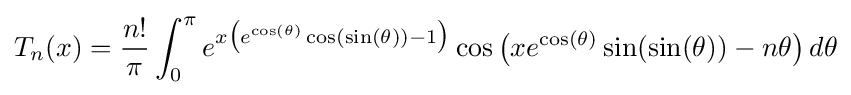
T_{n}(x)={\frac {n!}{\pi }}\int _{0}^{\pi }e^{x{\bigl (}e^{\cos(\theta )}\cos(\sin(\theta ))-1{\bigr )}}\cos {\bigl (}xe^{\cos(\theta )}\sin(\sin(\theta ))-n\theta {\bigr )}\,d\theta